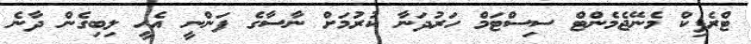
ޓްރެފިކް މެނޭޖެމެންޓް ސިސްޓަމް ހަރުދަނާ ކުރުމަށް ނާސާގެ ފަންނީ އެހީ ލިބިގެން ދާނެ